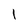
Character: 1